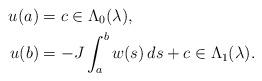
LaTeX: \begin{align*}u(a)&=c\in\Lambda_0(\lambda),\\u(b)&=-J\int^b_a{w(s)\,ds}+c\in\Lambda_1(\lambda).\end{align*}